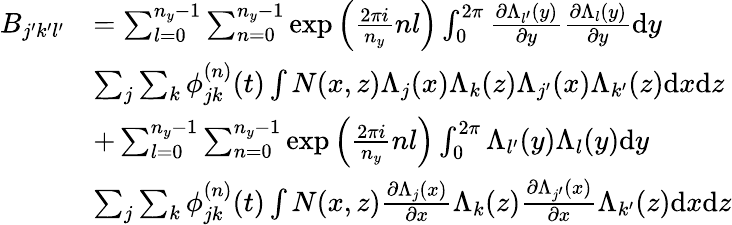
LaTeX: \begin{array}{rl}{B_{j^{\prime}k^{\prime}l^{\prime}}}&{=\sum_{l=0}^{n_{y}-1}\sum_{n=0}^{n_{y}-1}\exp{\left(\frac{2\pi i}{n_{y}}nl\right)}\int_{0}^{2\pi}\frac{\partial\Lambda_{l^{\prime}}(y)}{\partial y}\frac{\partial\Lambda_{l}(y)}{\partial y}\mathrm{d}y}\\ &{\sum_{j}\sum_{k}\phi_{jk}^{(n)}(t)\int N(x,z)\Lambda_{j}(x)\Lambda_{k}(z)\Lambda_{j^{\prime}}(x)\Lambda_{k^{\prime}}(z)\mathrm{d}x\mathrm{d}z}\\ &{+\sum_{l=0}^{n_{y}-1}\sum_{n=0}^{n_{y}-1}\exp{\left(\frac{2\pi i}{n_{y}}nl\right)}\int_{0}^{2\pi}\Lambda_{l^{\prime}}(y)\Lambda_{l}(y)\mathrm{d}y}\\ &{\sum_{j}\sum_{k}\phi_{jk}^{(n)}(t)\int N(x,z)\frac{\partial\Lambda_{j}(x)}{\partial x}\Lambda_{k}(z)\frac{\partial\Lambda_{j^{\prime}}(x)}{\partial x}\Lambda_{k^{\prime}}(z)\mathrm{d}x\mathrm{d}z}\end{array}